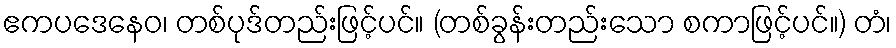
ဧကပဒေနေဝ၊ တစ်ပုဒ်တည်းဖြင့်ပင်။ (တစ်ခွန်းတည်းသော စကာဖြင့်ပင်။) တံ၊